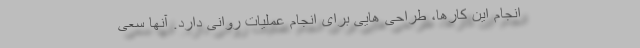
انجام این کارها، طراحی هایی برای انجام عملیات روانی دارد. آنها سعی